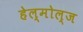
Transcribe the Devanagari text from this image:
हेल्मोल्ज